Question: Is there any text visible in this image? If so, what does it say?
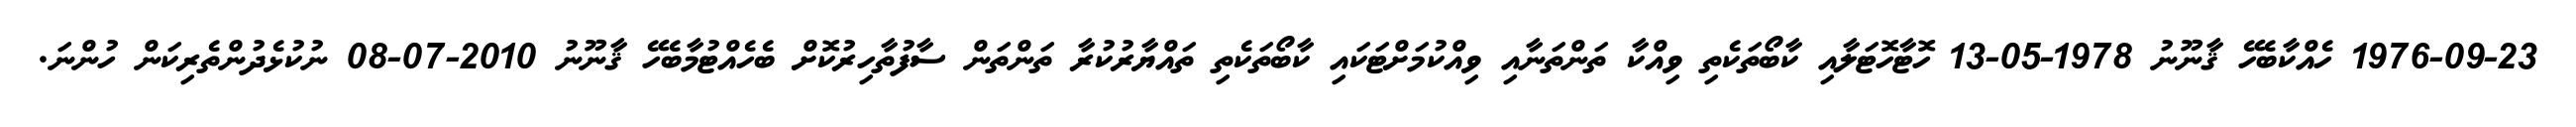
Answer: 1976-09-23 ހެއްކާބެހޭ ޤާނޫނު 1978-05-13 ހޮޓާހޮޓަލާއި ކާބޯތަކެތި ވިއްކާ ތަންތަނާއި ވިއްކުމަށްޓަކައި ކާބޯތަކެތި ތައްޔާރުކުރާ ތަންތަން ސާފުތާހިރުކޮށް ބެހެއްޓުމާބެހޭ ޤާނޫނު 2010-07-08 ނުކުޅެދުންތެރިކަން ހުންނަ.